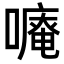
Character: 𠿾